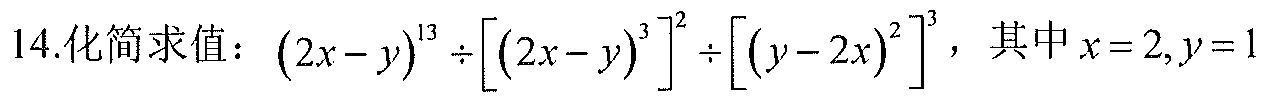
14.化简求值：\((2x - y)^{13}\div\left[(2x - y)^{3}\right]^{2}\div\left[(y - 2x)^{2}\right]^{3}\)，其中\(x = 2,y = 1\)